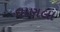
ધાણલા